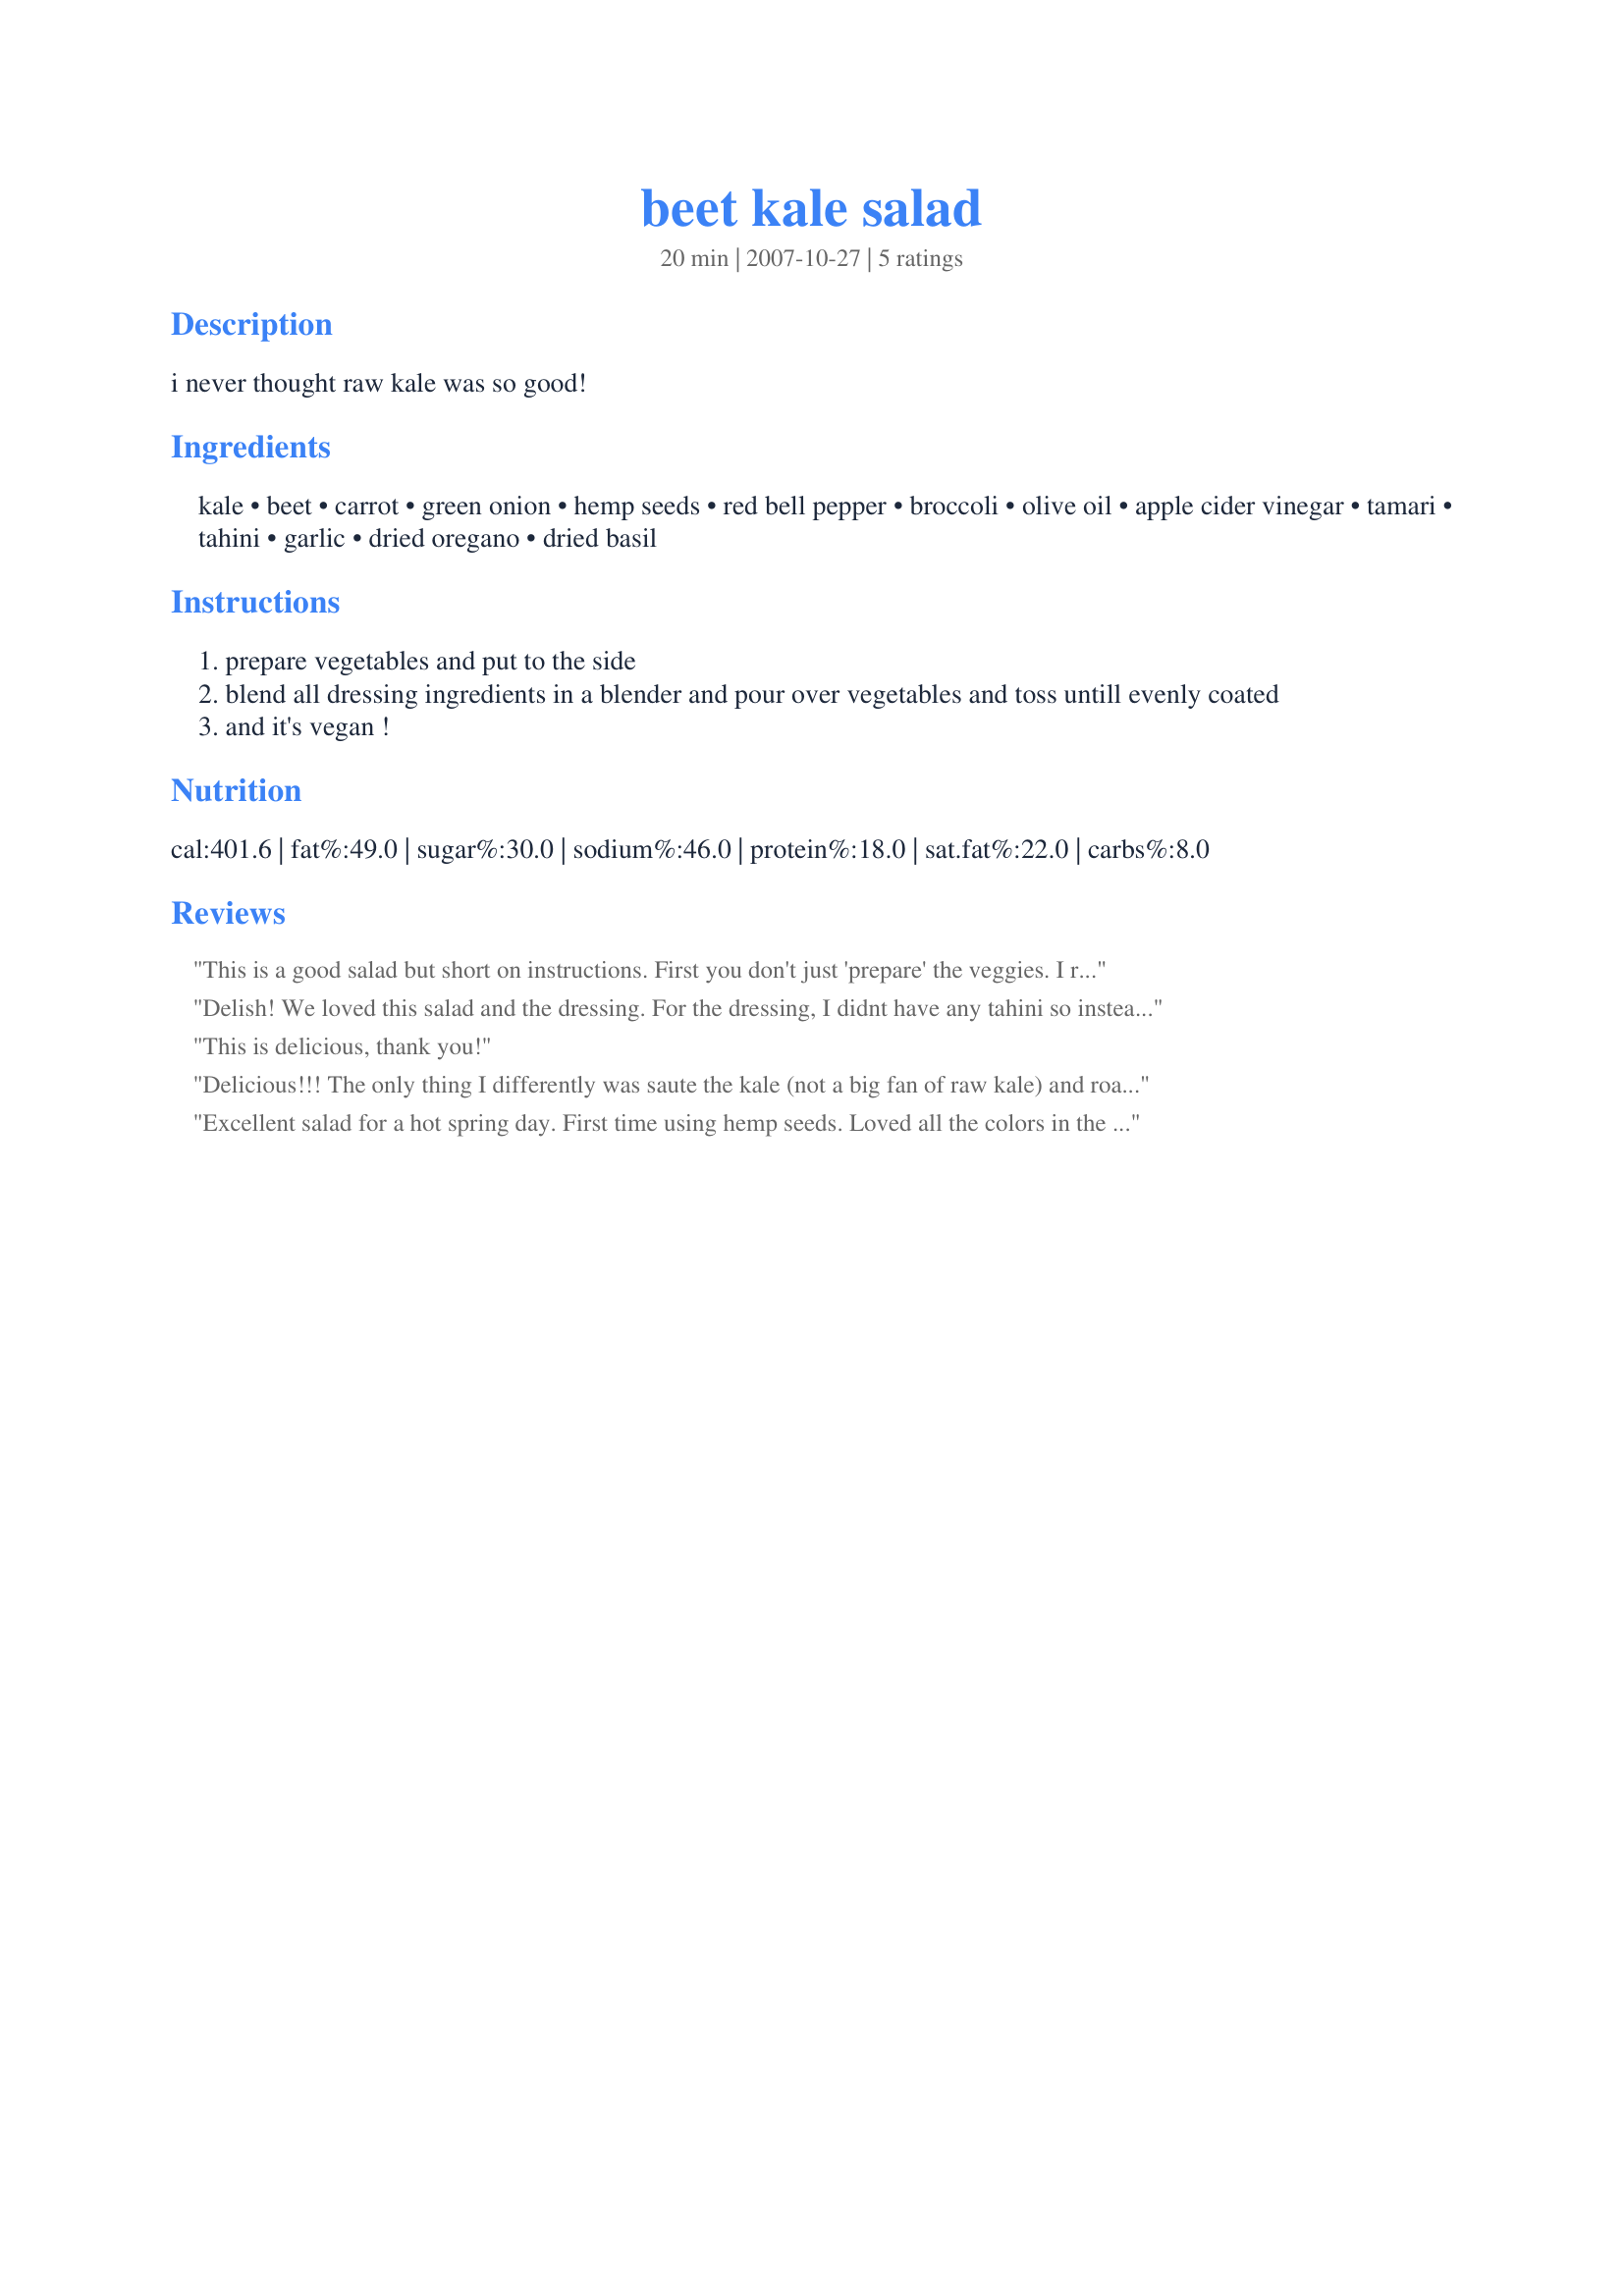
beet kale salad
Preparation time: 20 minutes

i never thought raw kale was so good!

Ingredients:
kale, beet, carrot, green onion, hemp seeds, red bell pepper, broccoli, olive oil, apple cider vinegar, tamari, tahini, garlic, dried oregano, dried basil

Steps:
prepare vegetables and put to the side
blend all dressing ingredients in a blender and pour over vegetables and toss untill evenly coated
and it's vegan !

Reviews:
This is a good salad but short on instructions. First you don't just 'prepare' the veggies. I removed the stems of the kale and then rolled several leaves together and sliced thinly acrossed the roll and then down the slices. Place the kale in a large bowl. To grate the beets use gloves please, unless you like pink hands. Yes, peel them first not to do so could add a graininess to the dish. Do not add any of the veggies to the bowl yet simple set them all aside leaving only Kale in the main bowl. I also added cucumber & tomato with the seeds removed or the salad will get too wet. Set aside. Now do not add whole flax to your salad need to be ground. Whole flax seeds have sharp points that can perforate the colon, not pleasant. <br/><br/>Mix your dressing, pour over the kale and massage the kale for 2-3 minutes. This will help remove bitterness and bring out the sweetness of the kale as well as infusing it with the dressing. Now, add the rest of your veggies. You might try sprinkling with sunflower seeds for a bit of an added crunch. And don't be shocked the beets will turn the dressing and everything else a pink or red.
Delish! We loved this salad and the dressing. For the dressing, I didnt have any tahini so instead i added 1tbsp of sesame oil, also used white wine vinegar instead of apple cider vinegar. As for the salad, I omitted broccoli and flax seeds (as I didnt have any) and topped the salad with a bit of cilantro. I dressed the salad and then let it sit for 30-40min. Turned out great! I will be making this again.
This is delicious, thank you!
Delicious!!! The only thing I differently was saute the kale (not a big fan of raw kale) and roasted the beet, carrots and some garlic. Can be served hot or cold. A wonderful combination of flavors.<br/>(I also added the greens from the beets to the kale)
Excellent salad for a hot spring day. First time using hemp seeds. Loved all the colors in the salad.
